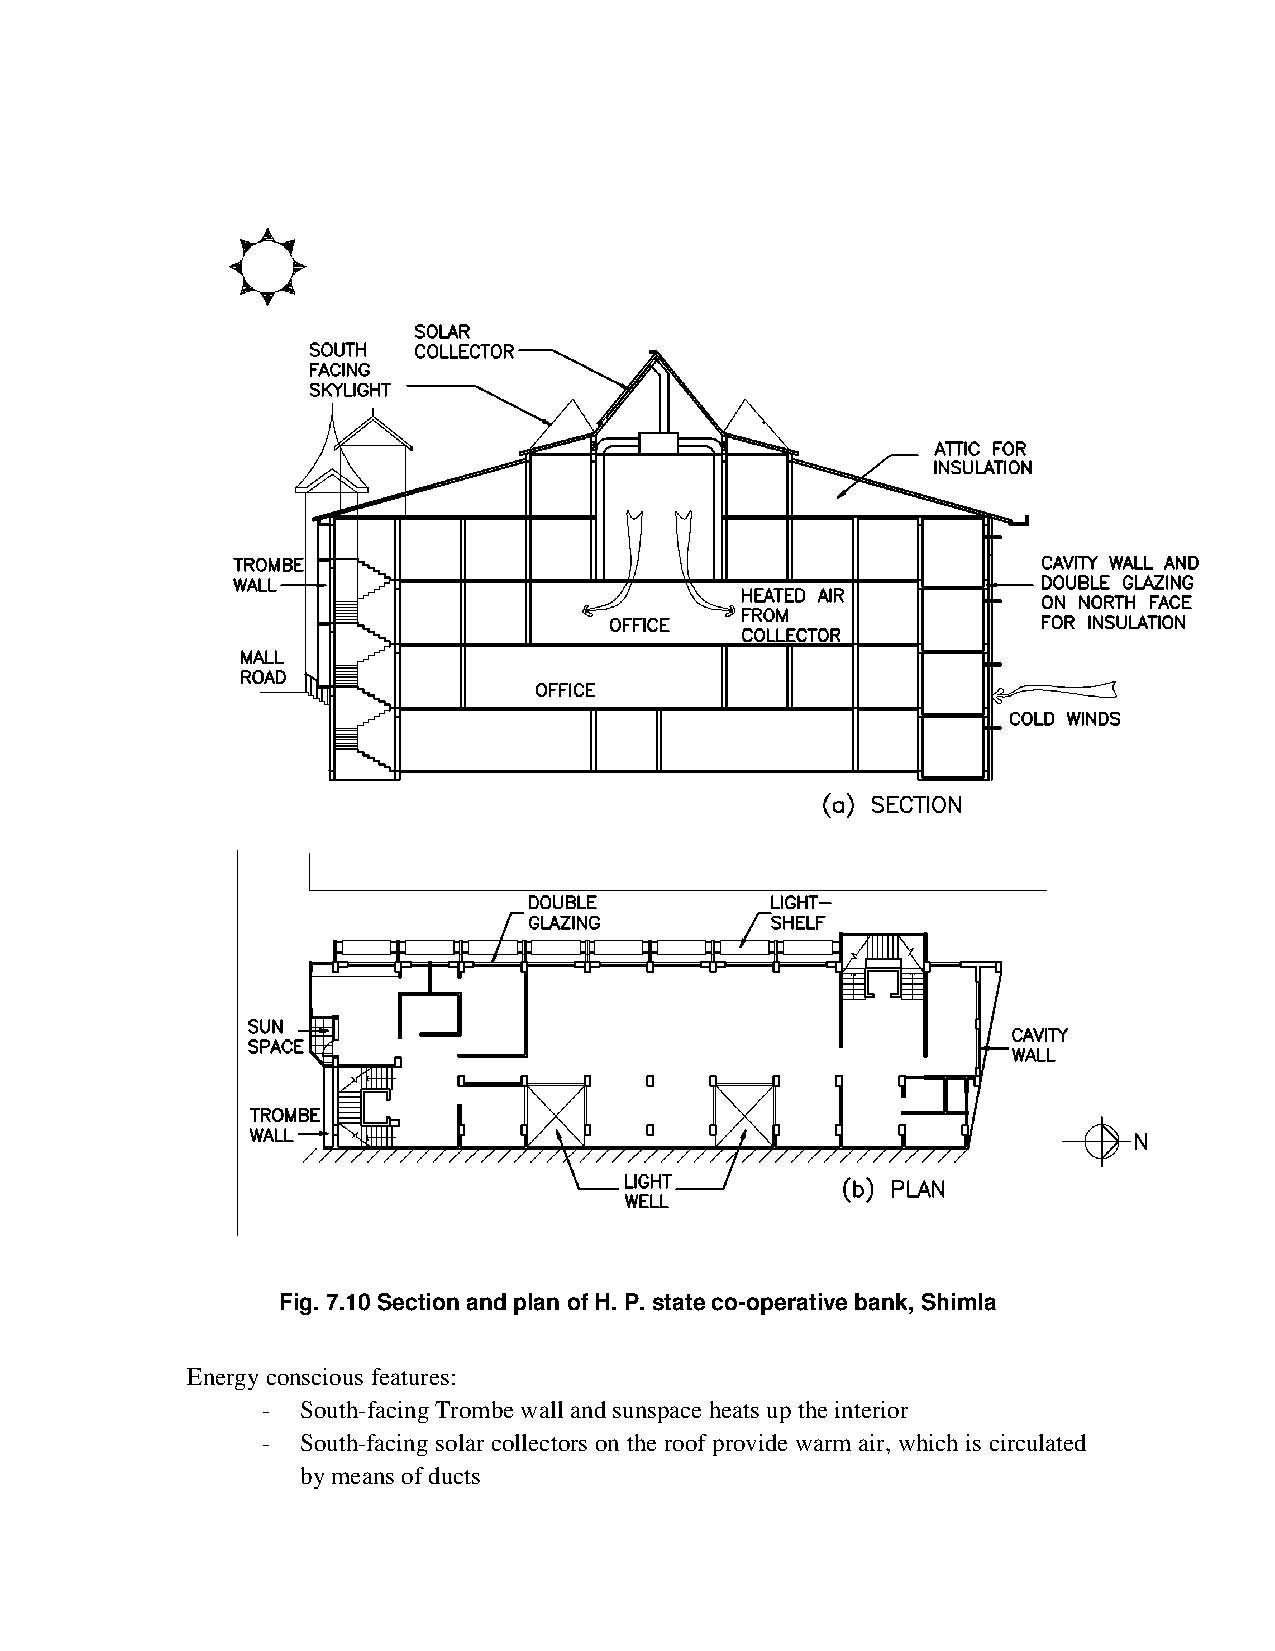
Fig. 7.10 Section and plan of H. P. state co-operative bank, Shimla
 Energy conscious features:
 -  South-facing Trombe wall and sunspace heats up the interior
 -  South-facing solar collectors on the roof provide warm air, which is circulated
 by means of ducts